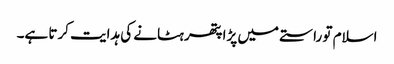
اسلام تو راستے میں پڑا پتھر ہٹانے کی ہدایت کرتا ہے۔